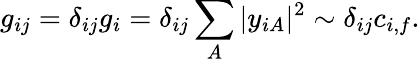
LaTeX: g_{ij}=\delta_{ij}g_{i}=\delta_{ij}\sum_{A}|y_{iA}|^{2}\sim\delta_{ij}c_{i,f}.